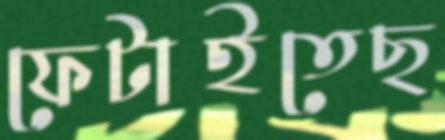
ফেটাইতেছ